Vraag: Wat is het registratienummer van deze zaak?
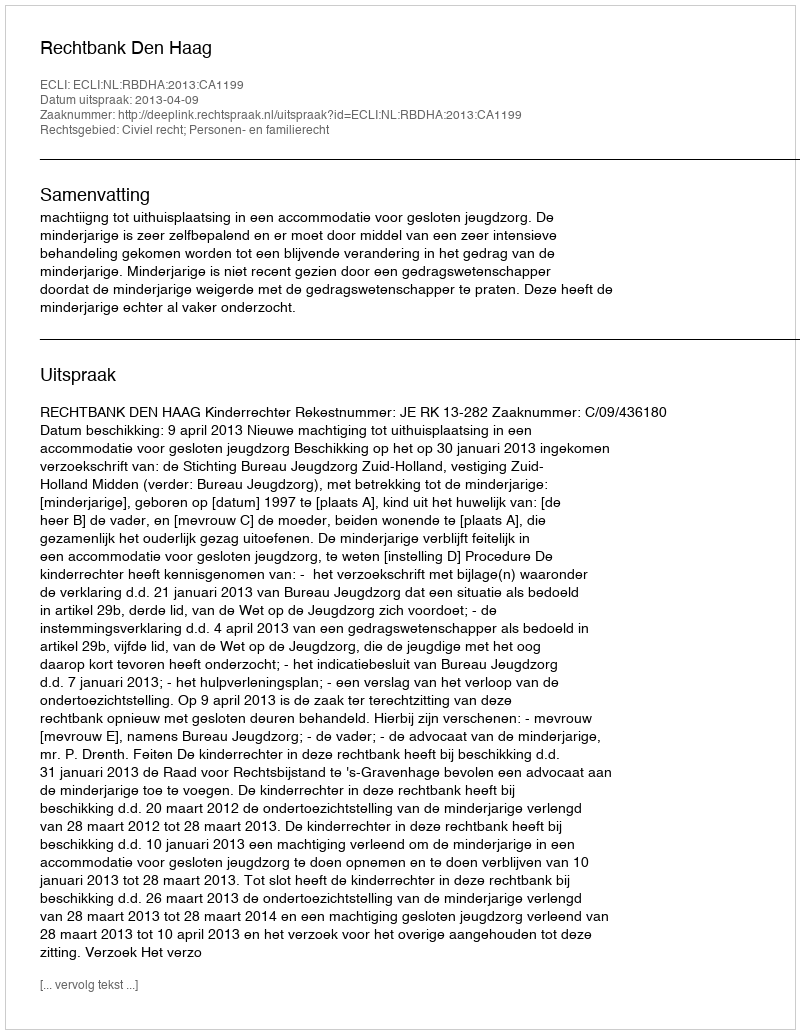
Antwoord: http://deeplink.rechtspraak.nl/uitspraak?id=ECLI:NL:RBDHA:2013:CA1199